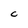
Character: C